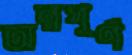
অন্নপূর্ণ